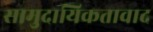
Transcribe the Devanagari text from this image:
सामुदायिकतावाद